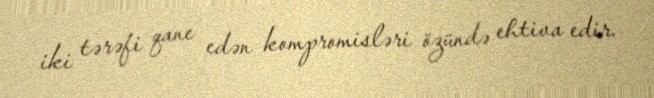
iki tərəfi qane edən kompromisləri özündə ehtiva edir.